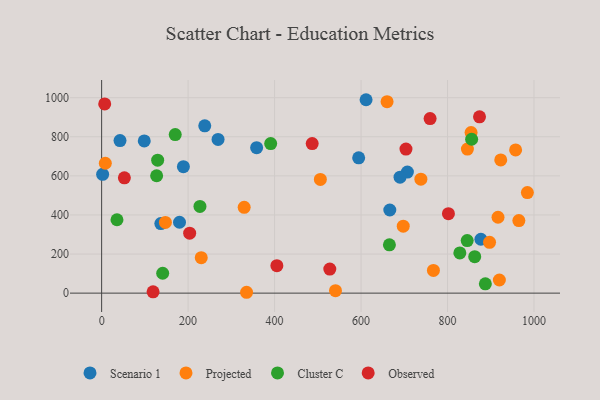
{"axis": {"x": "Engine Size", "y": "Fuel Efficiency"}, "legend": ["Cluster C", "Observed", "Projected", "Scenario 1"], "data": [{"x": "666.5", "y": 425.4, "type": "Scenario 1"}, {"x": "707.2", "y": 619.4, "type": "Scenario 1"}, {"x": "358.5", "y": 744.5, "type": "Scenario 1"}, {"x": "594.5", "y": 692.3, "type": "Scenario 1"}, {"x": "269.3", "y": 786.7, "type": "Scenario 1"}, {"x": "42.5", "y": 780.5, "type": "Scenario 1"}, {"x": "98.6", "y": 778.8, "type": "Scenario 1"}, {"x": "611.6", "y": 989.6, "type": "Scenario 1"}, {"x": "2.3", "y": 607.7, "type": "Scenario 1"}, {"x": "136.9", "y": 356.1, "type": "Scenario 1"}, {"x": "690.2", "y": 593.1, "type": "Scenario 1"}, {"x": "180.1", "y": 362.7, "type": "Scenario 1"}, {"x": "238.5", "y": 855.9, "type": "Scenario 1"}, {"x": "877.2", "y": 275.7, "type": "Scenario 1"}, {"x": "189.1", "y": 647.2, "type": "Scenario 1"}, {"x": "897.2", "y": 259.9, "type": "Projected"}, {"x": "540.9", "y": 12.4, "type": "Projected"}, {"x": "957.5", "y": 732.5, "type": "Projected"}, {"x": "230.4", "y": 181.5, "type": "Projected"}, {"x": "965.0", "y": 371.2, "type": "Projected"}, {"x": "767.4", "y": 116.0, "type": "Projected"}, {"x": "846.0", "y": 737.3, "type": "Projected"}, {"x": "916.8", "y": 388.4, "type": "Projected"}, {"x": "854.5", "y": 821.3, "type": "Projected"}, {"x": "697.6", "y": 342.4, "type": "Projected"}, {"x": "660.2", "y": 979.8, "type": "Projected"}, {"x": "923.1", "y": 681.7, "type": "Projected"}, {"x": "147.5", "y": 362.0, "type": "Projected"}, {"x": "505.9", "y": 582.0, "type": "Projected"}, {"x": "984.7", "y": 514.4, "type": "Projected"}, {"x": "335.2", "y": 4.4, "type": "Projected"}, {"x": "738.4", "y": 582.9, "type": "Projected"}, {"x": "8.5", "y": 664.6, "type": "Projected"}, {"x": "329.7", "y": 439.3, "type": "Projected"}, {"x": "919.9", "y": 67.1, "type": "Projected"}, {"x": "665.6", "y": 247.0, "type": "Cluster C"}, {"x": "141.2", "y": 101.7, "type": "Cluster C"}, {"x": "828.5", "y": 205.9, "type": "Cluster C"}, {"x": "127.2", "y": 600.7, "type": "Cluster C"}, {"x": "855.8", "y": 787.3, "type": "Cluster C"}, {"x": "862.9", "y": 186.4, "type": "Cluster C"}, {"x": "129.6", "y": 680.3, "type": "Cluster C"}, {"x": "170.2", "y": 811.5, "type": "Cluster C"}, {"x": "227.4", "y": 443.9, "type": "Cluster C"}, {"x": "887.5", "y": 47.6, "type": "Cluster C"}, {"x": "391.0", "y": 765.4, "type": "Cluster C"}, {"x": "35.5", "y": 375.4, "type": "Cluster C"}, {"x": "845.5", "y": 268.7, "type": "Cluster C"}, {"x": "802.1", "y": 406.7, "type": "Observed"}, {"x": "759.7", "y": 893.3, "type": "Observed"}, {"x": "405.3", "y": 140.5, "type": "Observed"}, {"x": "874.0", "y": 902.2, "type": "Observed"}, {"x": "487.0", "y": 765.1, "type": "Observed"}, {"x": "52.6", "y": 590.0, "type": "Observed"}, {"x": "703.9", "y": 737.2, "type": "Observed"}, {"x": "203.6", "y": 306.7, "type": "Observed"}, {"x": "7.1", "y": 968.1, "type": "Observed"}, {"x": "527.7", "y": 123.0, "type": "Observed"}, {"x": "119.0", "y": 6.6, "type": "Observed"}]}